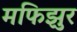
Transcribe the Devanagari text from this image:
मफिझुर